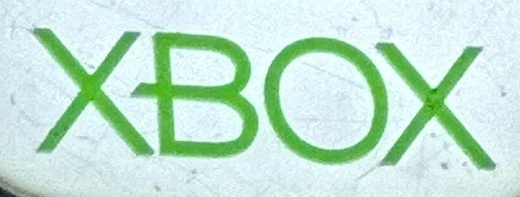
XBOX